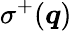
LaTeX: \sigma^{+}(\boldsymbol q)